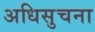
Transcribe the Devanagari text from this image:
अधिसुचना